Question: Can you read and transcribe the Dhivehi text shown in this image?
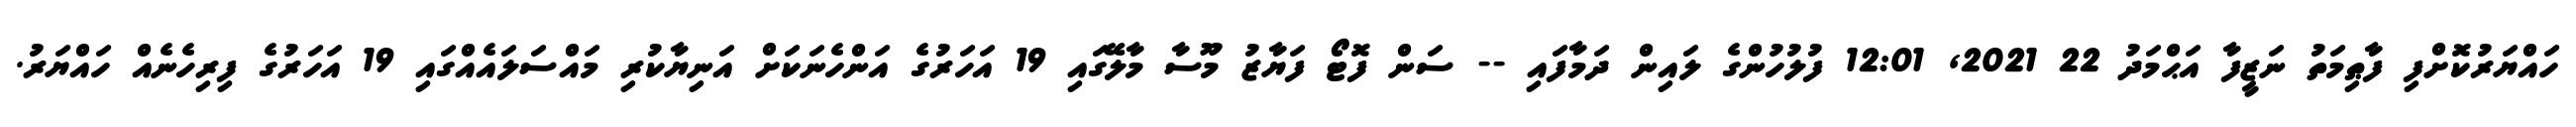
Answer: ހައްޔަރުކޮށްފި ފާޠިމަތު ނަޒީފާ އަޙްމަދު 22 2021, 12:01 ފުލުހުންގެ ލައިން ދަމާފައި -- ސަން ފޮޓޯ ފަޔާޒު މޫސާ މާލޭގައި 19 އަހަރުގެ އަންހެނަކަށް އަނިޔާކުރި މައްސަލައެއްގައި 19 އަހަރުގެ ފިރިހެނެއް ހައްޔަރު.